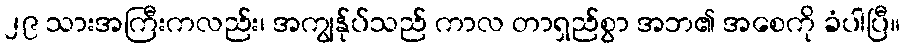
၂၉ သားအကြီးကလည်း၊ အကျွန်ုပ်သည် ကာလ တာရှည်စွာ အဘ၏ အစေကို ခံပါပြီ။